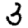
Digit: 3